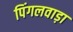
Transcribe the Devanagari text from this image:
पिंगलवाड़ा